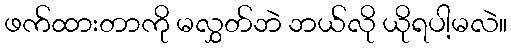
ဖက်ထားတာကို မလွှတ်ဘဲ ဘယ်လို ယိုရပါ့မလဲ။